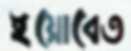
ইয়োবেত